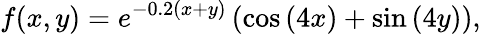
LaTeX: f(x,y)=e^{-0.2(x+y)}\left(\cos\left(4x\right)+\sin\left(4y\right)\right),